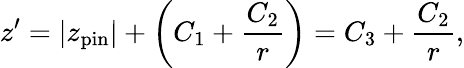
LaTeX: z^{\prime}=\vert z_{\mathrm{pin}}\vert+\left(C_{1}+\frac{C_{2}}{r}\right)=C_{3}+\frac{C_{2}}{r},